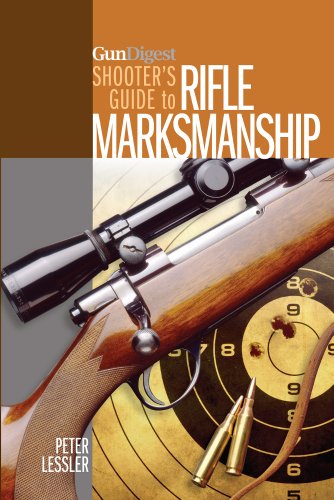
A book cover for Gun Digest Shooter's Guide to Rifle Marksmanship; Peter Lessler; Crafts, Hobbies & Home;